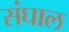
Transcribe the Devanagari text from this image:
संघाल